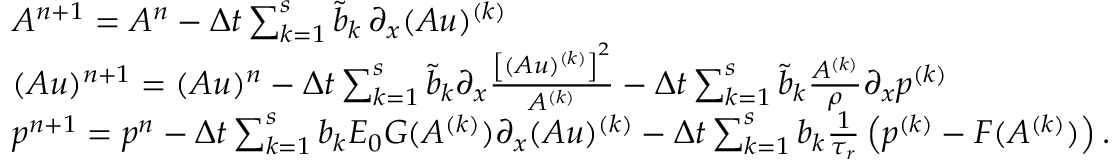
\begin{array} { r l } & { A ^ { n + 1 } = A ^ { n } - \Delta t \sum _ { k = 1 } ^ { s } \tilde { b } _ { k } \, \partial _ { x } ( A u ) ^ { ( k ) } } \\ & { ( A u ) ^ { n + 1 } = ( A u ) ^ { n } - \Delta t \sum _ { k = 1 } ^ { s } \tilde { b } _ { k } \partial _ { x } \frac { \left[ ( A u ) ^ { ( k ) } \right] ^ { 2 } } { A ^ { ( k ) } } - \Delta t \sum _ { k = 1 } ^ { s } \tilde { b } _ { k } \frac { A ^ { ( k ) } } { \rho } \partial _ { x } p ^ { ( k ) } } \\ & { p ^ { n + 1 } = p ^ { n } - \Delta t \sum _ { k = 1 } ^ { s } b _ { k } E _ { 0 } G ( A ^ { ( k ) } ) \partial _ { x } ( A u ) ^ { ( k ) } - \Delta t \sum _ { k = 1 } ^ { s } b _ { k } \frac { 1 } { \tau _ { r } } \left( p ^ { ( k ) } - F ( A ^ { ( k ) } ) \right) . } \end{array}